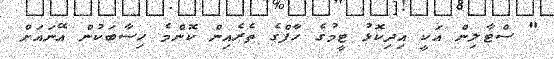
" ސްޓާލިން އަކީ އިދިކޮޅު ޓީމުގެ ހާފްގެ ތެރެއިން ކޮންމެ ހިސާބަކުން އޭނައަށް